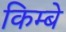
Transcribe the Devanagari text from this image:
किम्बे